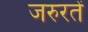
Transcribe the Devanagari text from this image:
जरुरतें